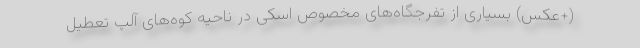
(+عکس) بسیاری از تفرجگاه‌های مخصوص اسکی در ناحیه کوه‌های آلپ تعطیل